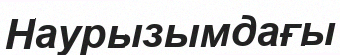
Наурызымдағы